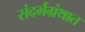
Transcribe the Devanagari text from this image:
संदर्भग्रंथात